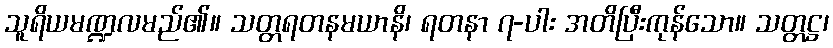
သူရိယမဏ္ဍလမည်၏။ သတ္တရတနမယာနိ၊ ရတနာ ၇-ပါး အတိပြီးကုန်သော။ သတ္တဋ္ဌ၊